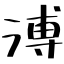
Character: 溥